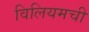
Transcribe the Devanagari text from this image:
विलियमची